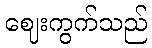
ဈေးကွက်သည်